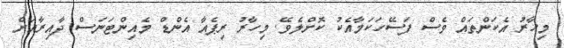
މިހާރު އެކަންތައް ވެސް ފަސޭހަކަމާއެކު ކޮށްލެވޭ. މިހާރު ރިޕެއާ އެންޑް މެއިންޓަނަސް ދާއިރާއަށް